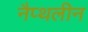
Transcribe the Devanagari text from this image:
नैप्थलीन